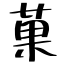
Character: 菓